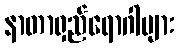
နာတာရှည်ရောဂါများ